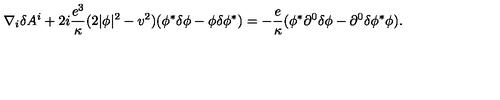
\nabla _ { i } \delta A ^ { i } + 2 i { \frac { e ^ { 3 } } { \kappa } } ( 2 | \phi | ^ { 2 } - v ^ { 2 } ) ( \phi ^ { * } \delta \phi - \phi \delta \phi ^ { * } ) = - { \frac { e } { \kappa } } ( \phi ^ { * } \partial ^ { 0 } \delta \phi - \partial ^ { 0 } \delta \phi ^ { * } \phi ) .